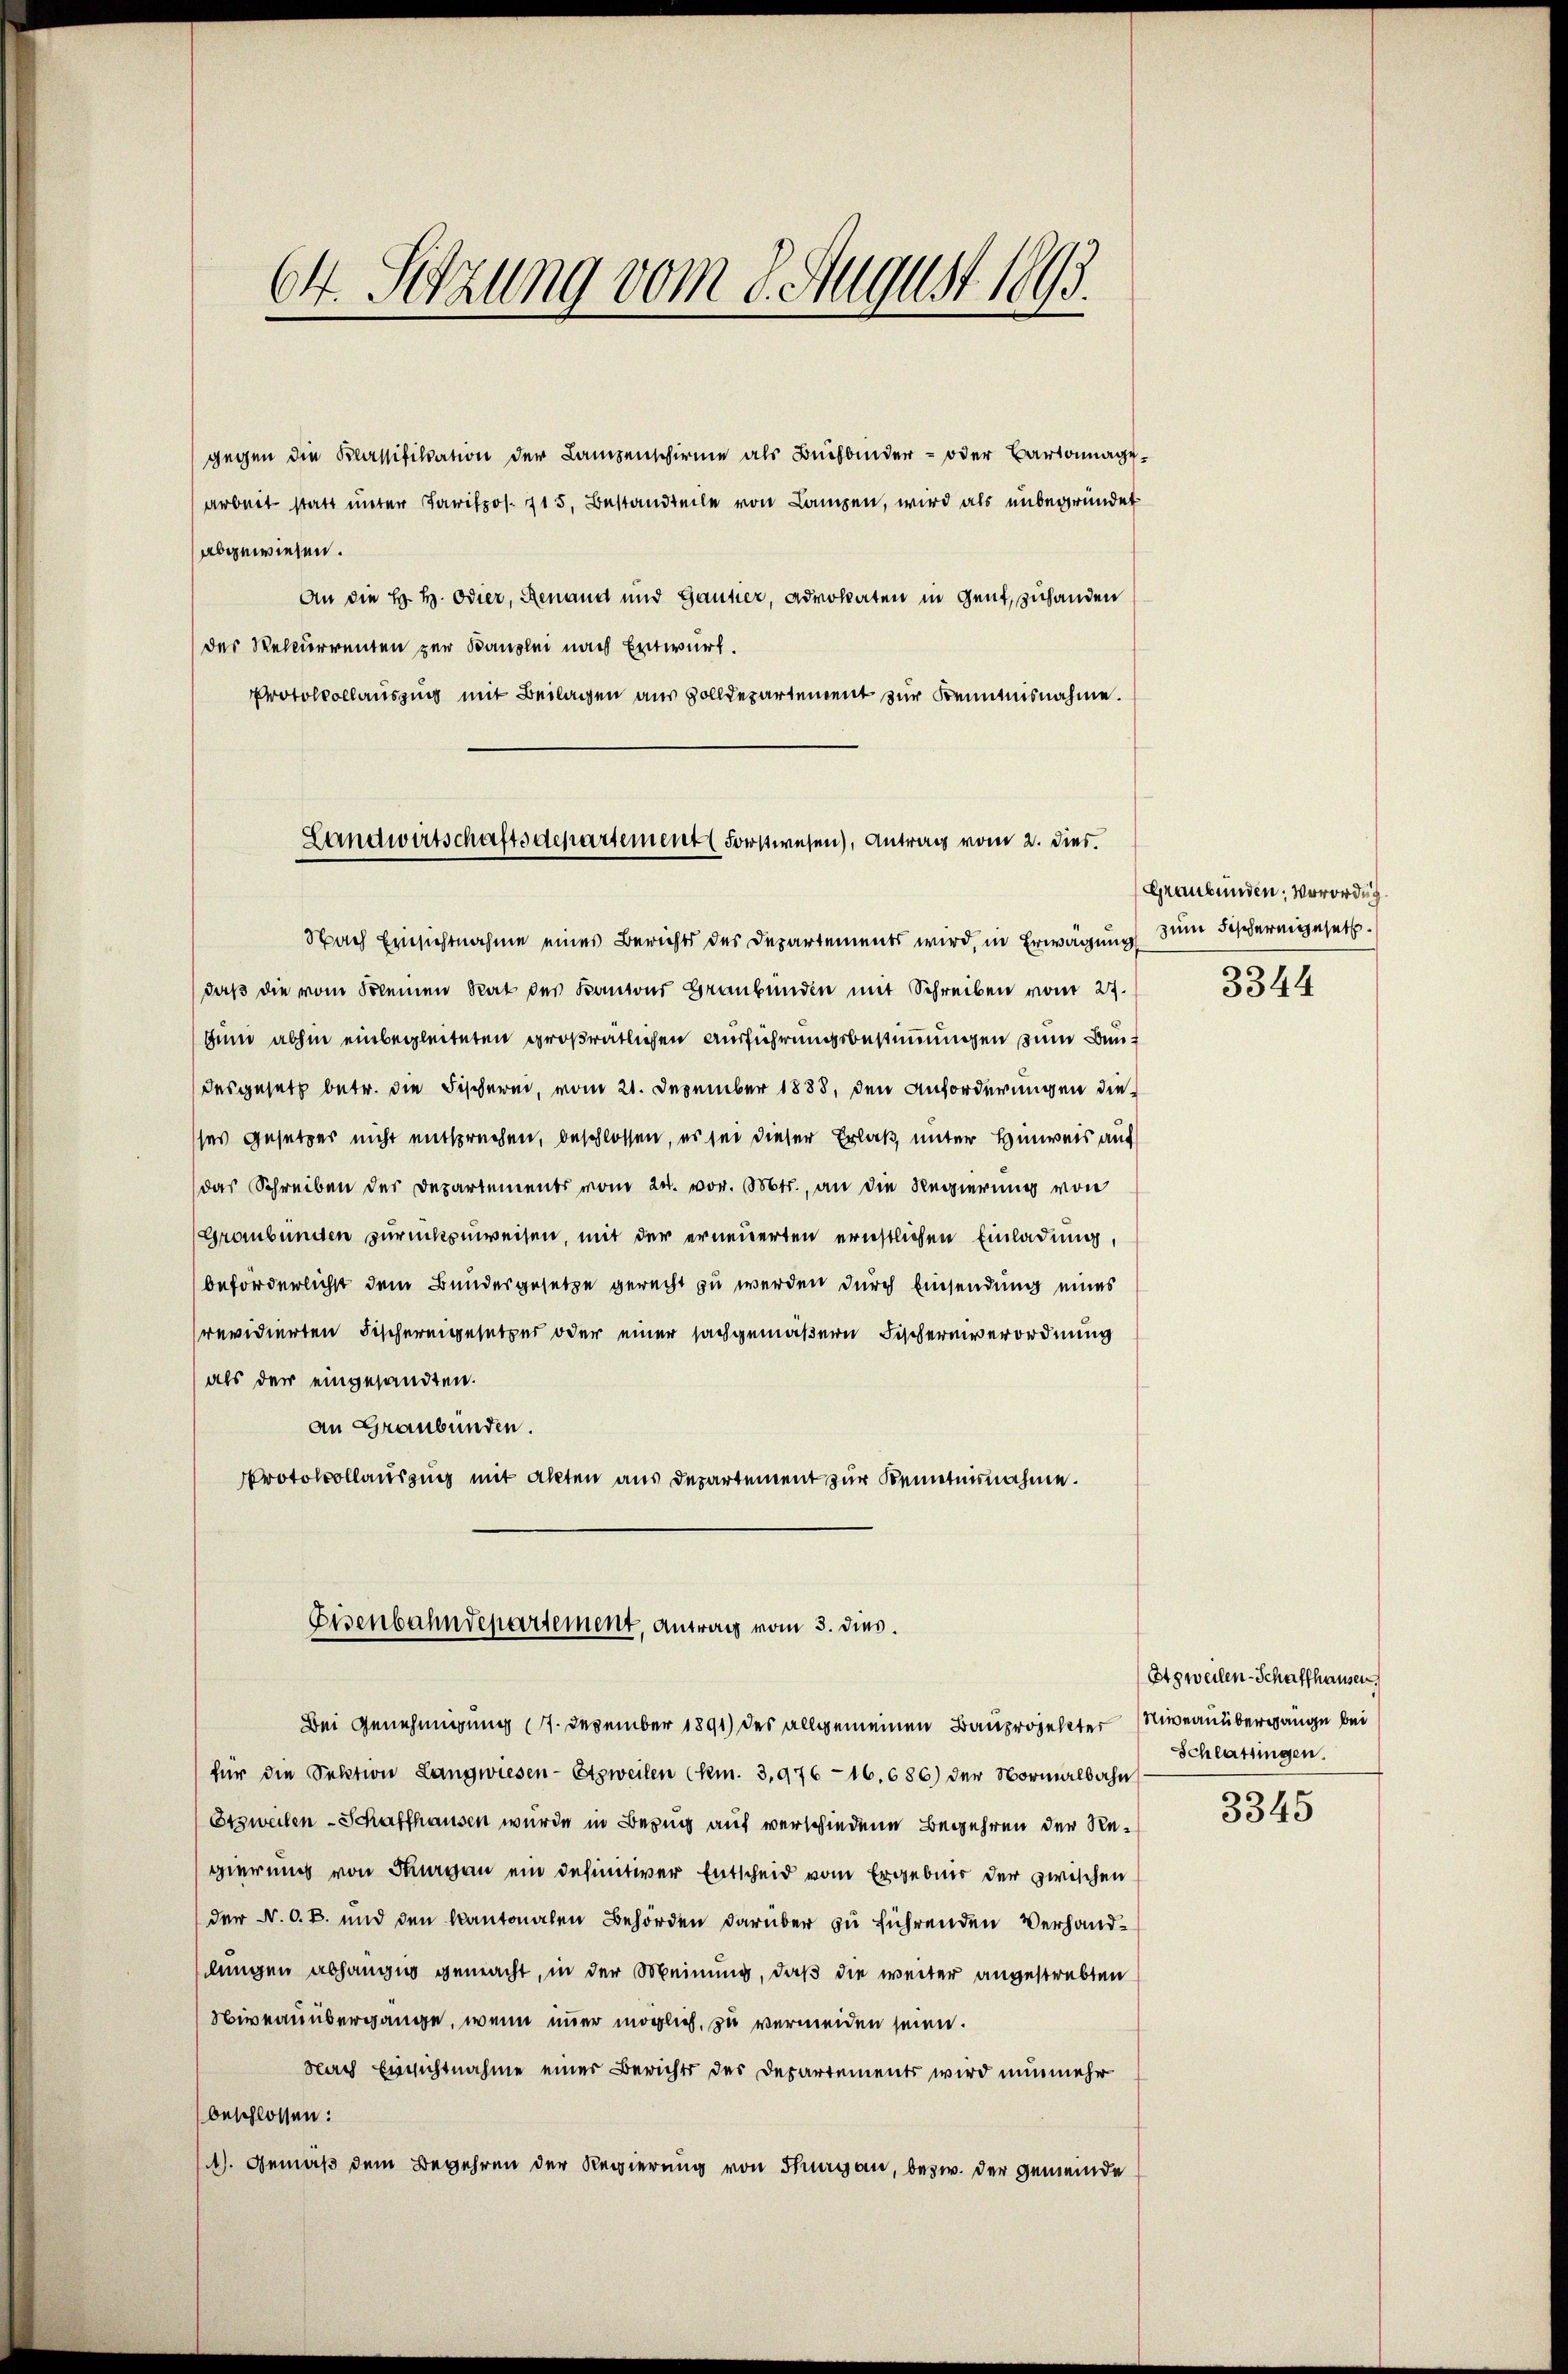
gegen die Klassifikation der Lampenschirme als Buchbinder- oder Bartonagearbeit statt unter Parispos. 715. Bestandteile von Lampen, wird als unbegründet
abgewiesen.
An die H. H. Odier, Renand und Gauner, Advokaten in Gent, zuhanden
des Rekurrenten zur Kanzlei nach Entwurf.
Protokollauszug mit Beilagen aus Zolldepartement zur Kenntnisnahme.

64. Sitzung vom 8. August 1893.

Landwirtschaftsdepartement (Forstwesen), Antrag vom 2. Dies

Nach Einsichtnahme eines Berichts des Departements wird, in Erwägung
daß die vom Kleinen Rat des Kantons Graubünden mit Schreiben vom 27.
tum abhin einbegleiteten großratlichen Ausführungsbestimmungen zum Baudesgesetz betr. die Fischerei, vom 21. Dezember 1888, den Anforderungen dieses Gesetzer nicht entsprechen, beschlossen, es sei dieser Erlaß unter Hinweis auf
das Schreiben des Departements vom 24. vor. Mts., an die Regierung von
Graubünden zurückzuweisen, mit der erneuerten ernstlichen Einladung,
beförderlichst dem Bundesgesetze gerecht zu werden durch Einsendung eines
revidierten Fischereigesetzes oder einer sachgemäßern Fischereiverordnung
als der eingesandten.
an Graubünden.
Protokollauszug mit Akten aus Departement zur Kenntnisnahme.
Eisenbahndepartement, Antrag vom 3. dies.
Bei Genehmigung (27. Dezember 1891) des allgemeinen Bauprojekter Niveauübergänge bei
für die Sektion Langwiesen-Etzweilen Chm. 3,976 - 16. 686) der Normalbahn
Etzweilen - Schaffhausen wurde in Bezug auf verschiedene Begehren der Regierung von Thurgau ein definitiver Entscheid vom Ergebnis der zwischen
der N. O. B. und den kantonalen Behörden darüber zu führenden Verhandlungen Abhängig gemacht, in der Meinung, daß die weiter angestrebten
Niveau übergänge, wenn immer möglich, zu vermeiden seien.
Nach Einsichtnahme einer Berichts der Departements wird nunmehr
beschlossen:
). Gemäß dem Begehren der Regierung von Thurgau, bezw. der Gemeinde

Graubünden; verordng.
zum Fischereigesetz
3344

(Etzweilen-Schaffhausen
Schlassingen.

3345